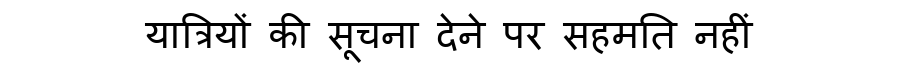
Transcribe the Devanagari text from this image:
यात्रियों की सूचना देने पर सहमति नहीं